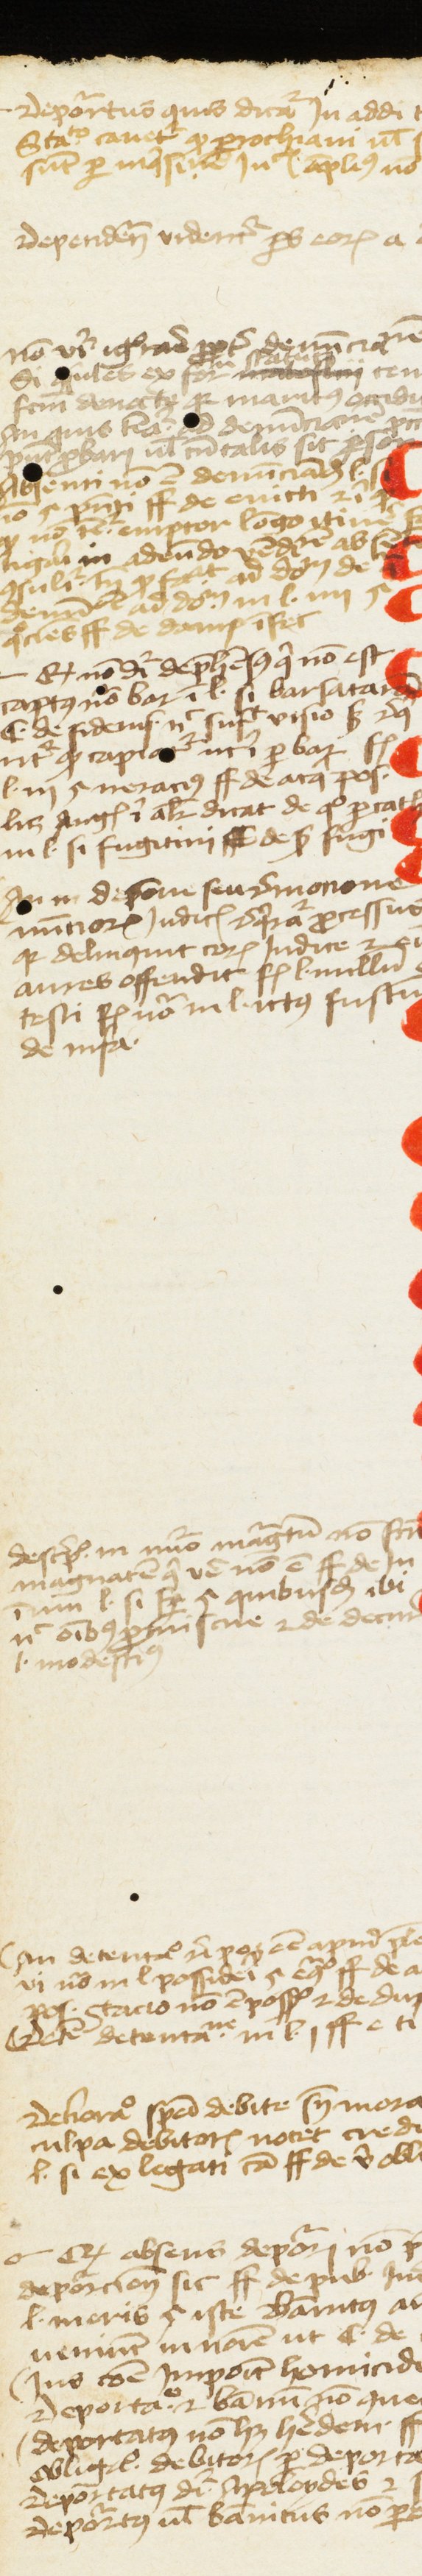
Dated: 1457–1457